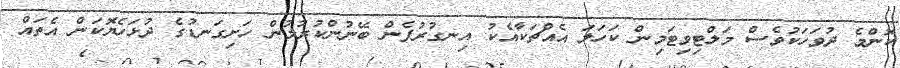
ކޮންމެ ދުވަހަކުވެސް މަލްޓިވިޓަމިން ކަހަލަ އެއްޗަކާއެކު އިނގުރުފެން ބޭނުންކުރުމުން ހަށިގަނޑުގެ ދުޅަހެޔޮކަން އެތައް